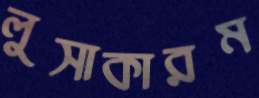
লুসাকারম